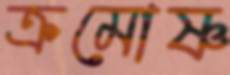
ক্রমোষ্ণ